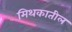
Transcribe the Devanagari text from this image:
मिथकातील